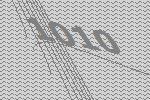
1010